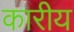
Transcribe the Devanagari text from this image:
कारीय